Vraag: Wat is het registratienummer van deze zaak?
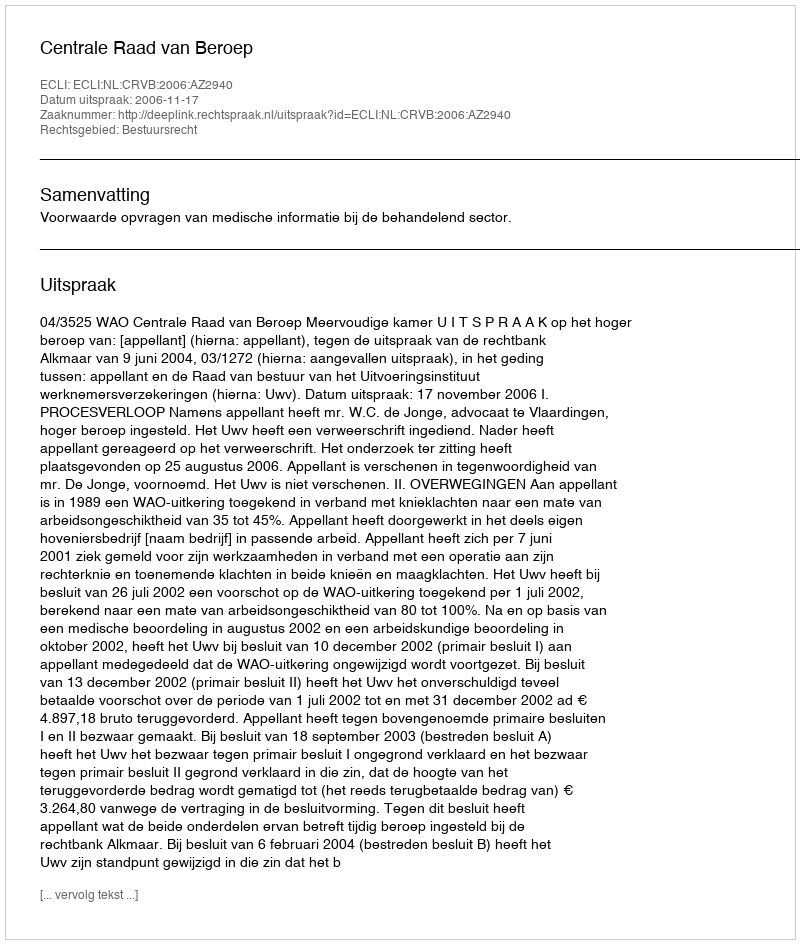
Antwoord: http://deeplink.rechtspraak.nl/uitspraak?id=ECLI:NL:CRVB:2006:AZ2940